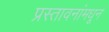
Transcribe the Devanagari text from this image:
प्रस्तावनांमधून